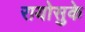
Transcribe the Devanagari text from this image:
रायोसुके